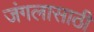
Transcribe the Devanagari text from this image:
जंगलासाठी